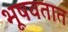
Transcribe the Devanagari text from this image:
भूषवतात